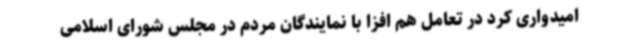
امیدواری کرد در تعامل هم افزا با نمایندگان مردم در مجلس شورای اسلامی